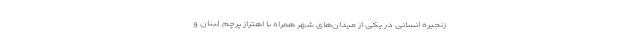
زنجیره انسانی در یکی از میدان‌های شهر همراه با اهتزاز پرچم لبنان و